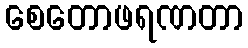
စေတောဖရဏတာ